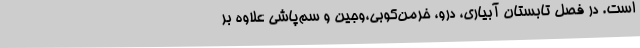
است. در فصل تابستان آبیاری، درو، خرمن‌کوبی،وجین و سم‌پاشی علاوه بر